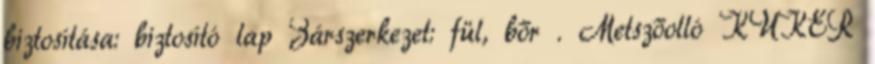
biztosítása: biztosító lap Zárszerkezet: fül, bőr . Metszőolló KUKER